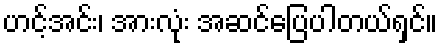
ဟင့်အင်း၊ အားလုံး အဆင်ပြေပါတယ်ရှင်။